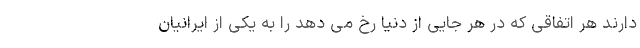
دارند هر اتفاقی که در هر جایی از دنیا رخ می دهد را به یکی از ایرانیان